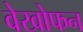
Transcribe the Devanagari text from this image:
वेखोफन